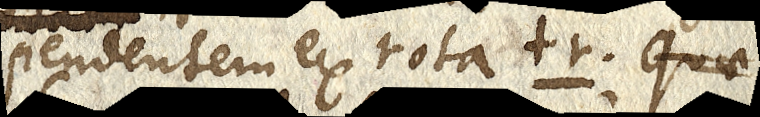
pendentem ex rota tr. Quae